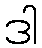
ဒါ